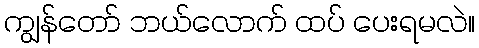
ကျွန်တော် ဘယ်လောက် ထပ် ပေးရမလဲ။